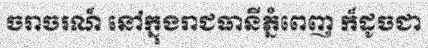
ចរាចរណ៍ នៅក្នុងរាជធានីភ្នំពេញ ក៏ដូចជា